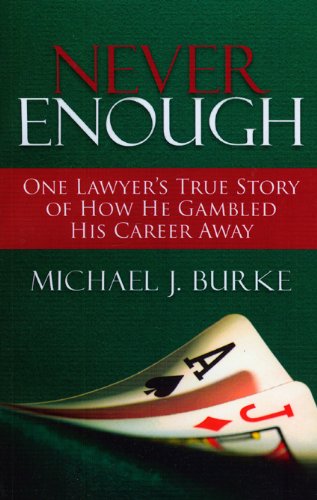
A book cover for Never Enough: One Lawyer's True Story of How He Gambled His Career Away; Michael J. Burke; Health, Fitness & Dieting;